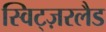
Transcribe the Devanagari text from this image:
स्विट्ज़रलैड